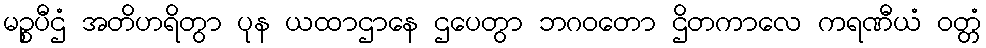
မဉ္စပီဌံ အတိဟရိတွာ ပုန ယထာဌာနေ ဌပေတွာ ဘဂဝတော ဌိတကာလေ ကရဏီယံ ဝတ္တံ